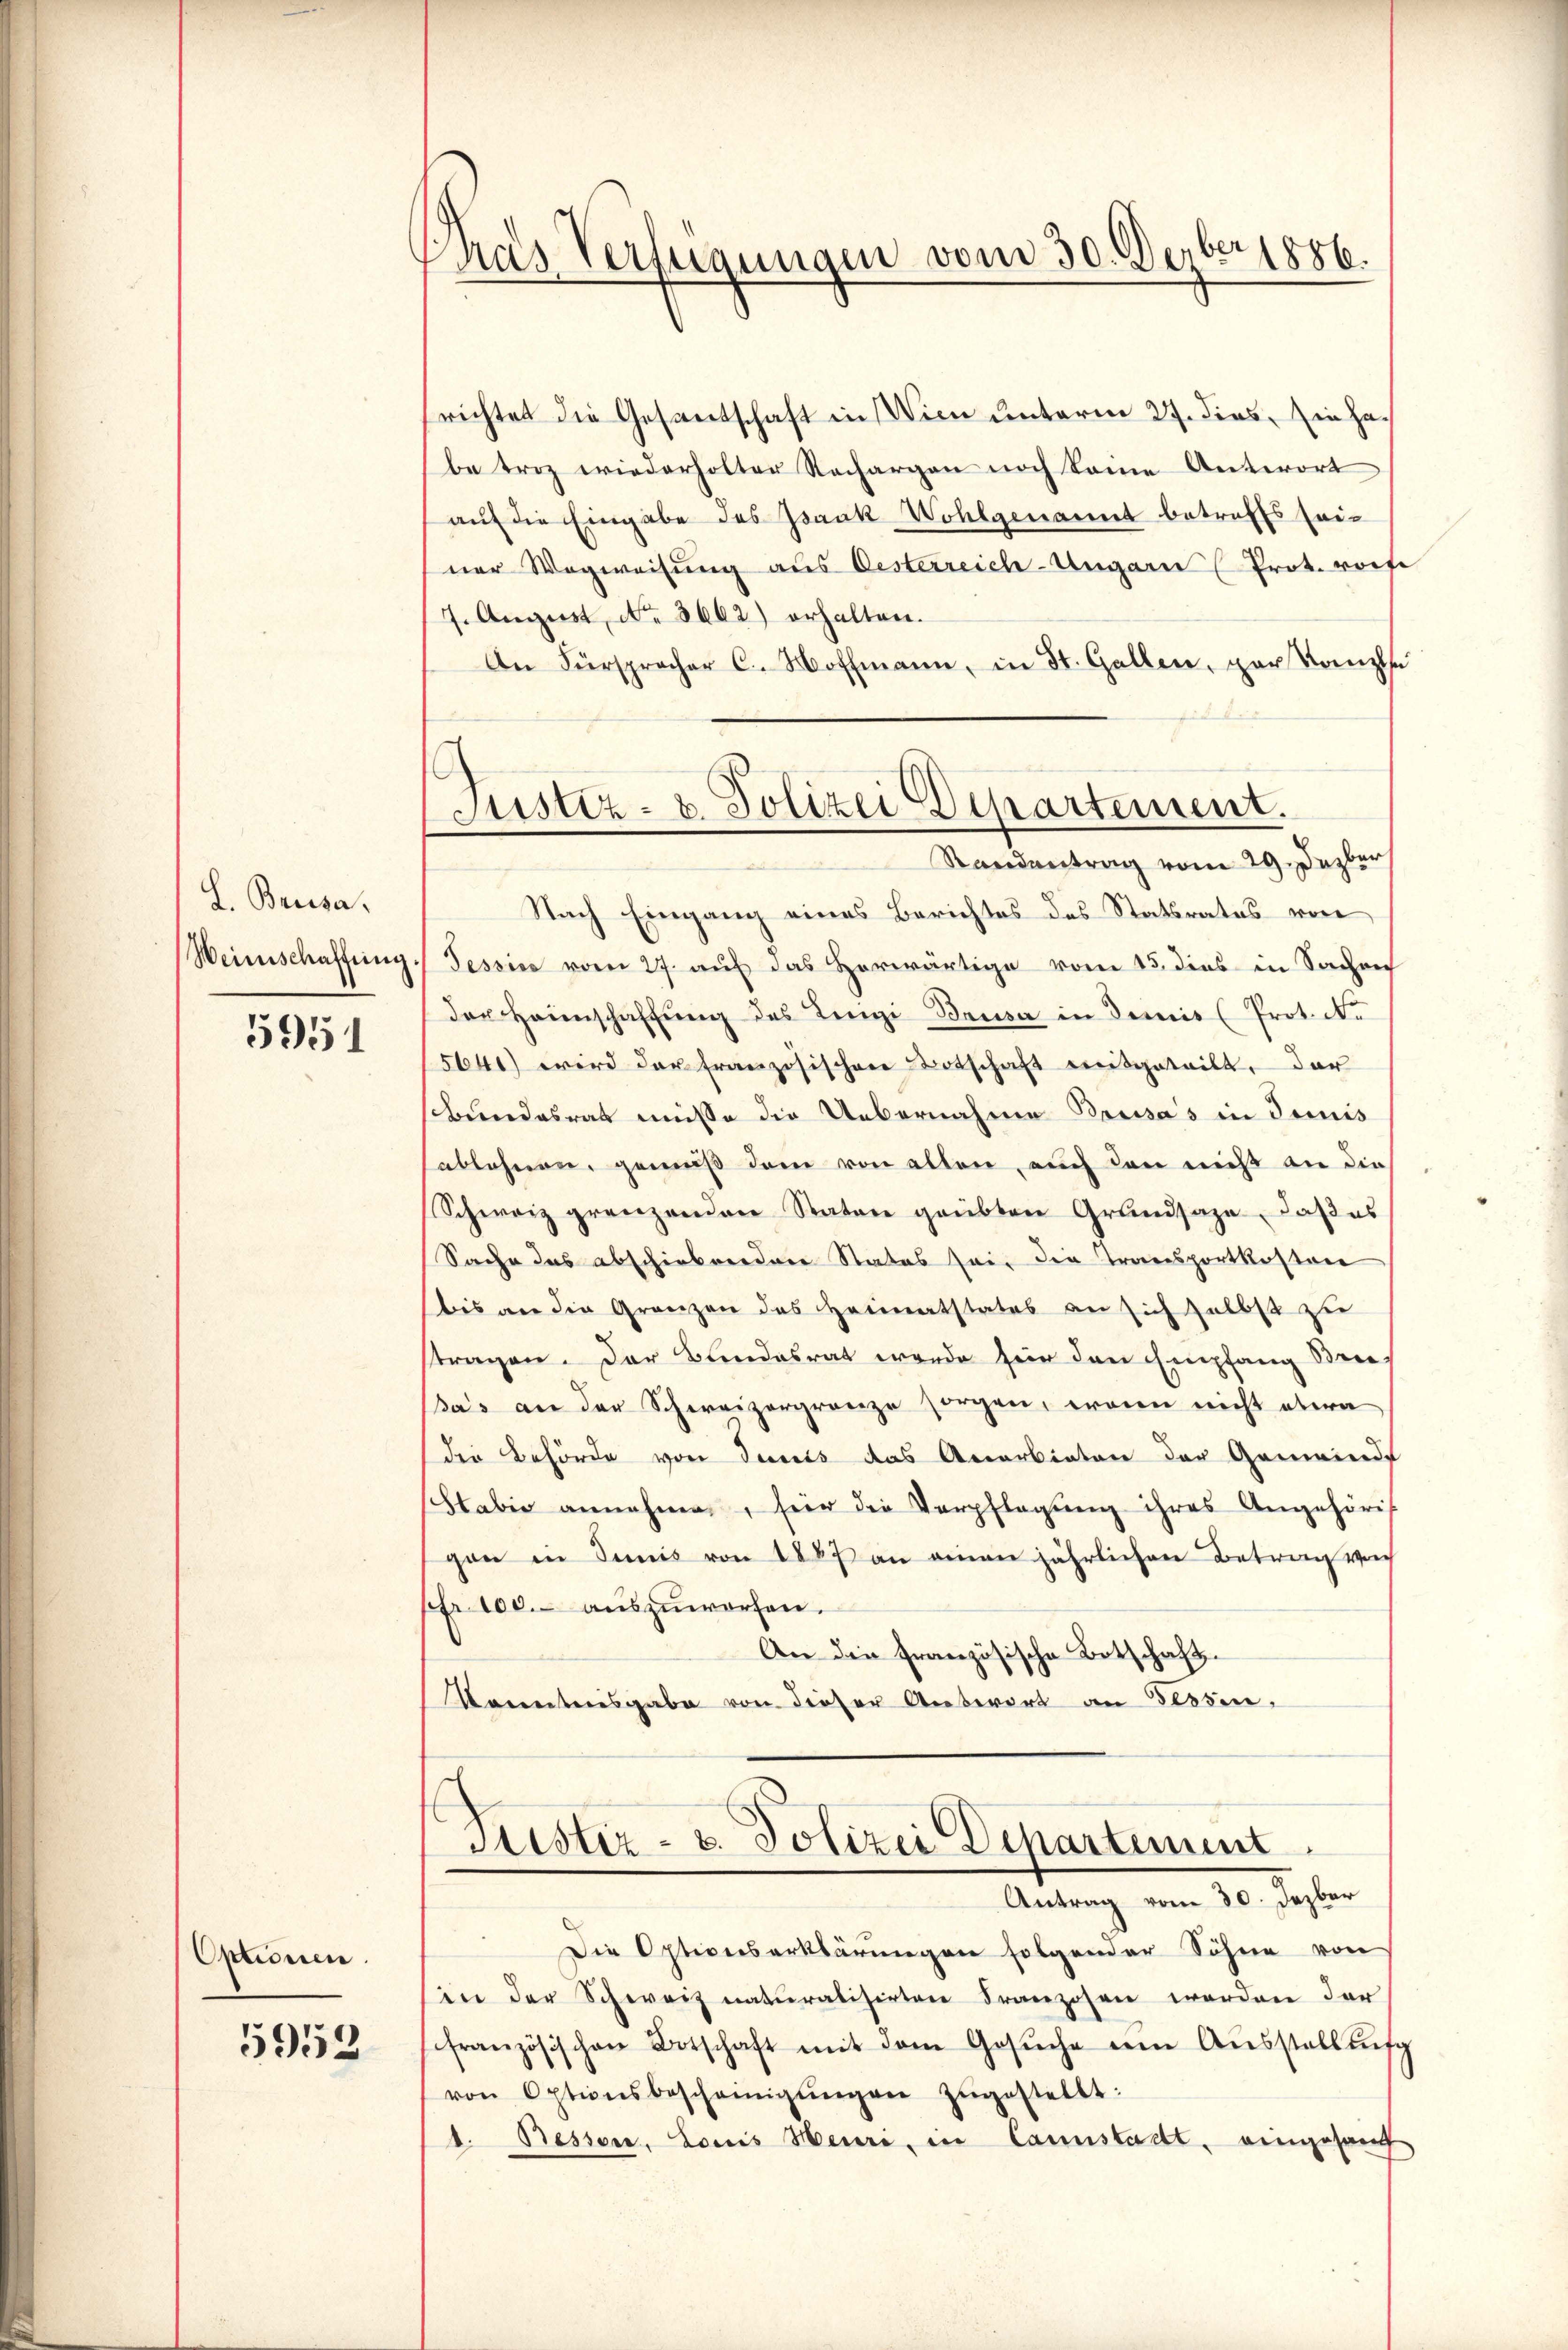
L. Brusa.
Weinschaffung.

5951

Optionen.

5952

Pras Verfügungen vom 30. Dezbr 1886.

Justiz- u. Polizei Departement.
Randantrag vom 29. Dezber

richtet die Gesantschaft in Wien unterm 27. dies in Gebe troz wiederholter Rechargen noch keine Antwort
auf die Eingabe des Isaak Wohlgenannt betreffs seiner Wegweisung aus Oesterreich-Ungarn (Prot. worfe
7. August, No. 3662) erhalten.
An Fürspracher C. Woffmann, in St. Gallen, par Kanzle
Nach Eingang eines Berichtes des Statsrates von
Tessine vom 27. auf das Horwärtige vom 15. dies in Sache
der Heinschaffung des Lengi Brusa in demis (Prot. Ne
15641) wird der französischen Botschaft mitgeteilt, der
sbundesrat müsse die Uebernahme Bausas in demis
ablehnen, gemäß dem von allen, auch den nicht an die
Schweiz grenzenden Statore grübten Grŭndsaze, daβ es
Sache das abschiebendere Status sei, die Transportkosten
bis an die Gränzen des Heimatstates an sich selbst zu
stragen. Der Bundesrat werde für den Empfang Streidas an der Schweizergrenze sorgen, wenn nicht etwa
die Behörde von Seis das Anerbieten der Gemeinde
Stabio annehmen, für die Verpflegung ihres Angehörig
gen in Sunis von 1887 an einen jährlichen Betrag von
Fr. 100. auszuworfen.
An die französische Botschaft.
Konntersgabe von dieser Antwort an Blösen.

Justiz- u. Polizei Departement

Antrag vom 30. Dezbar
Die Optionserklärungen folgender Söhne von
in der Schweiz naturalisirten Franzosen worden der
französischen Botschaft mit dem Gesŭche ein Aŭsstellung
von Optionsbescheinigŭngen zŭgestellt:
t. Bessen, Louis Heuri, in Cannstadt, eingesand